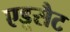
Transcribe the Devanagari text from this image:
एडूसैट